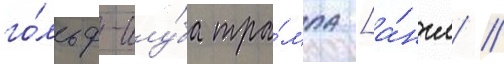
го́льф-клу́ба тра́мпа [а́нгл. /